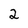
Character: 2